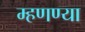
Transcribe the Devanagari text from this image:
म्हणण्या